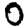
Digit: 0